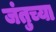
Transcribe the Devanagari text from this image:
जंतुच्या